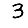
Digit: 3